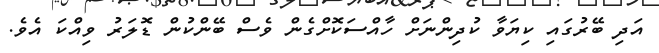
އަދި ބޭރުގައި ކިޔަވާ ކުދިންނަށް ހާއްސަކޮށްގެން ވެސް ބޭންކުން ޑޮލަރު ވިއްކަ އެވެ.